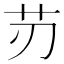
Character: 𦬄